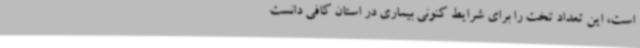
است، این تعداد تخت را برای شرایط کنونی بیماری در استان کافی دانست